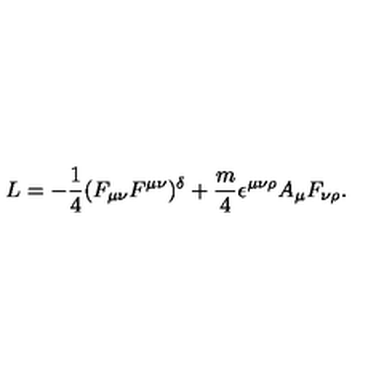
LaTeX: L = - \frac { 1 } { 4 } ( F _ { \mu \nu } F ^ { \mu \nu } ) ^ { \delta } + \frac { m } { 4 } \epsilon ^ { \mu \nu \rho } A _ { \mu } F _ { \nu \rho } .